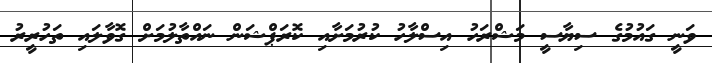
ވަނީ ގައުމުގެ ސިޔާސީ މަޝްރަހު އިސްލާހު ކުރުމަށާއި ކޮރަޕްޝަން ނައްތާލުމަށް ގޮވާލައި ތަހުރީރު